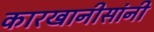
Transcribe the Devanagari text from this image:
कारखानीसांनी